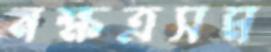
নক্ষত্রসম